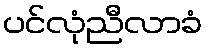
ပင်လုံညီလာခံ